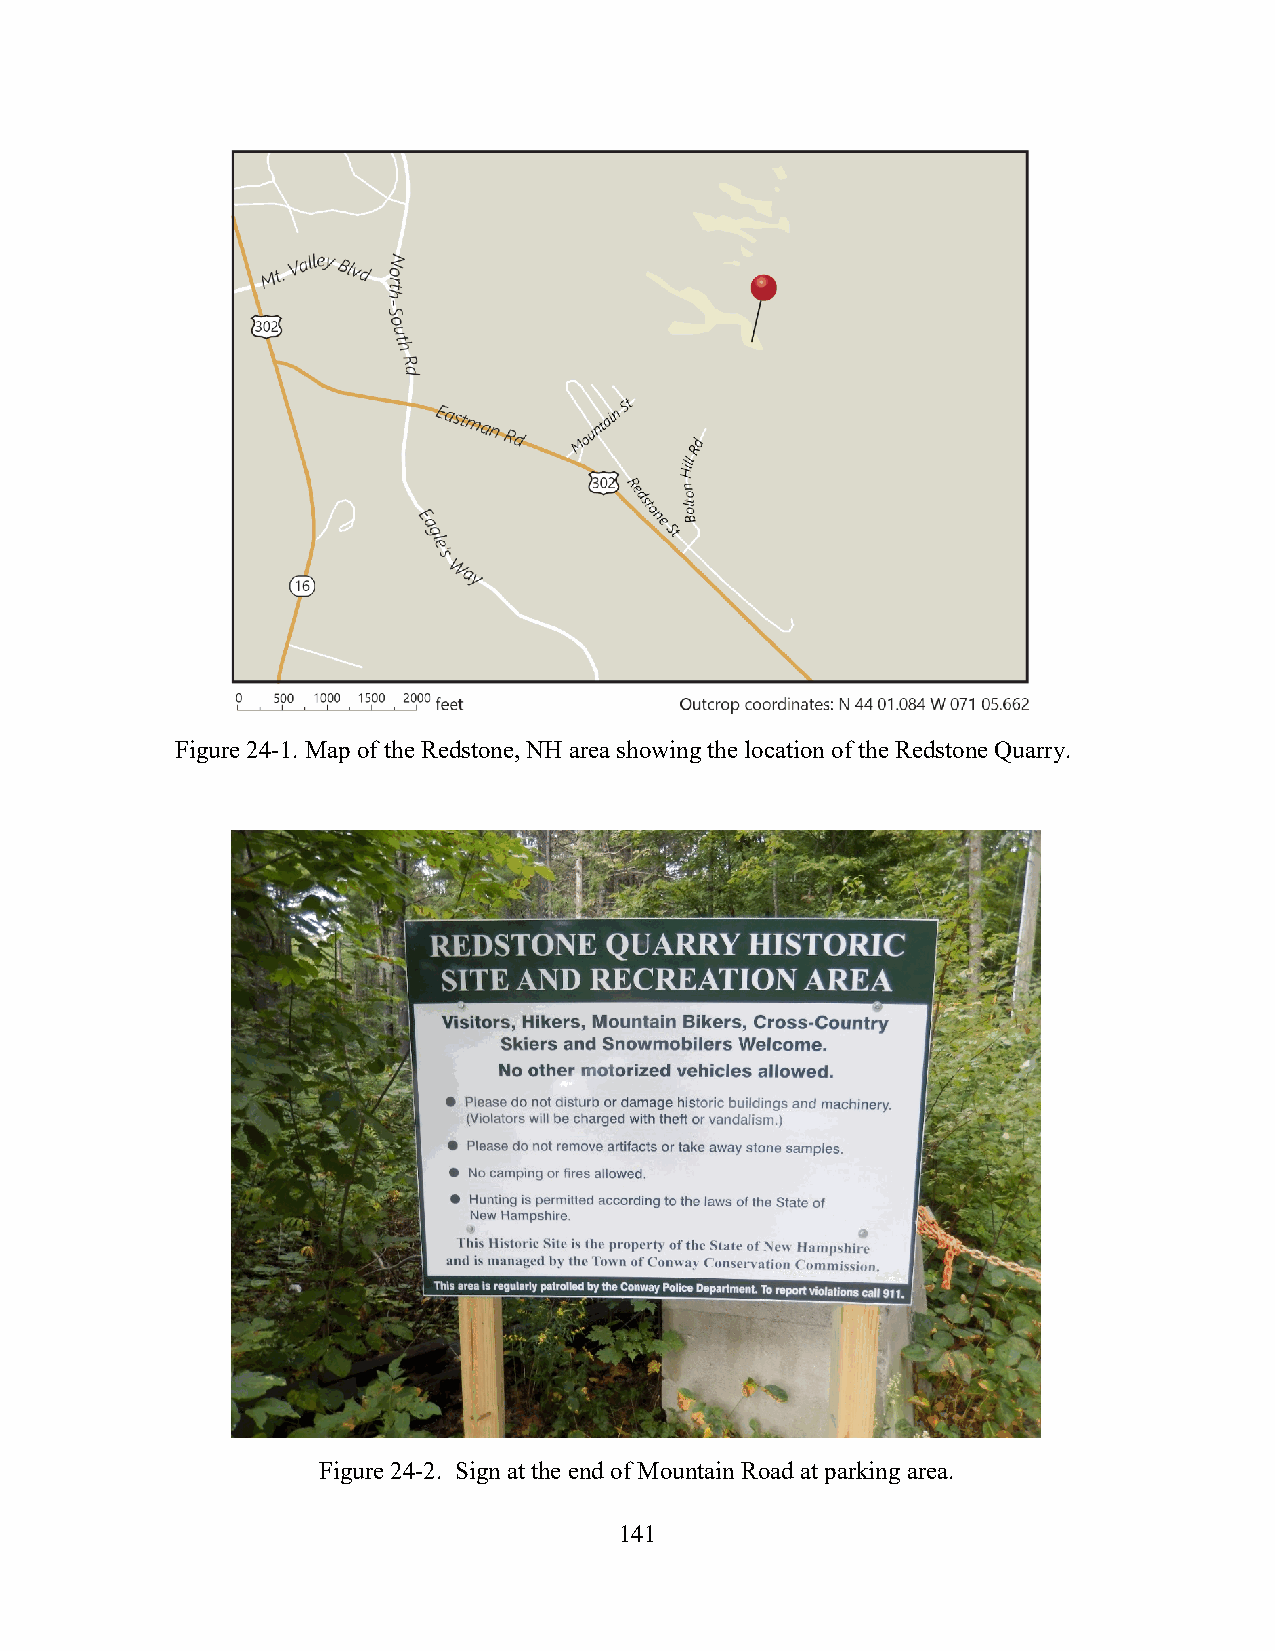
Figure 24-1. Map of the Redstone, NH area showing the location of the Redstone Quarry.
 Figure 24-2. Sign at the end of Mountain Road at parking area.
 141